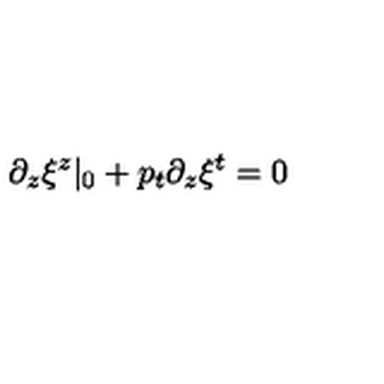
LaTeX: \partial _ { z } \xi ^ { z } \vert _ { 0 } + p _ { t } \partial _ { z } \xi ^ { t } = 0